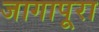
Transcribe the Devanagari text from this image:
जागापूरा